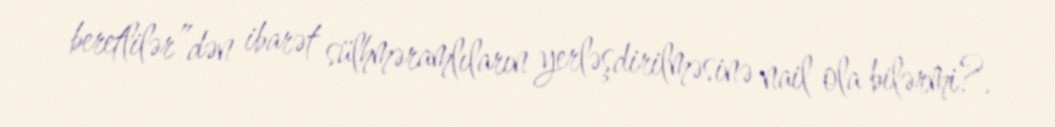
beretlilər”dən ibarət sülhməramlıların yerləşdirilməsinə nail ola bilərmi?.